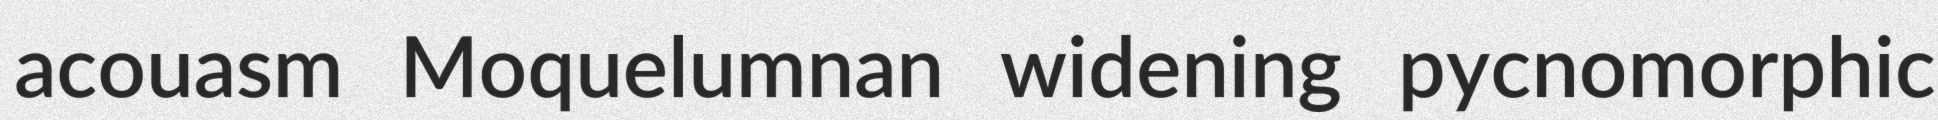
acouasm Moquelumnan widening pycnomorphic